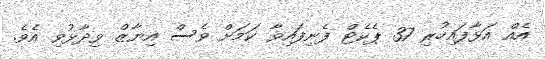
އެއް އަޅާފައިހުރި 37 ޕެކެޓް ފެނިފައިވާ ކަމަށް ވެސް އިޔާޒް ވިދާޅުވި އެވެ.